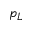
p _ { L }